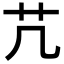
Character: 芁